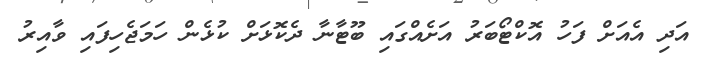
އަދި އެއަށް ފަހު އޮކްޓޯބަރު އަށެއްގައި ބޫޓާނާ ދެކޮޅަށް ކުޅެން ހަމަޖެހިފައި ވާއިރު